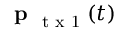
\textbf { p } _ { \textrm { t x 1 } } ( t )